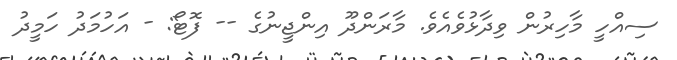
ސިއްހީ މާހިރުން ވިދާޅުވެއެވެ. މާރަންދޫ އިންޖީނުގެ -- ފޮޓޯ: - އަހުމަދު ހަމީދު